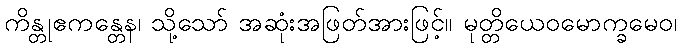
ကိန္တုဧကန္တေန၊ သို့သော် အဆုံးအဖြတ်အားဖြင့်။ မုတ္တိယေဝမောက္ခမေဝ၊